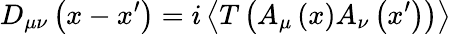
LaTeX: D_{\mu\nu}\left(x-x^{\prime}\right)=i\left\langle T\left(A_{\mu}\left(x\right)A_{\nu}\left(x^{\prime}\right)\right)\right\rangle